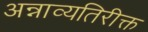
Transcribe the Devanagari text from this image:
अन्नाव्यतिरीक्त